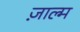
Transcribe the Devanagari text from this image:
ज़ाल्म